Vital statistics of India. Vol. VI, European troops 1870-79
Year: 1870
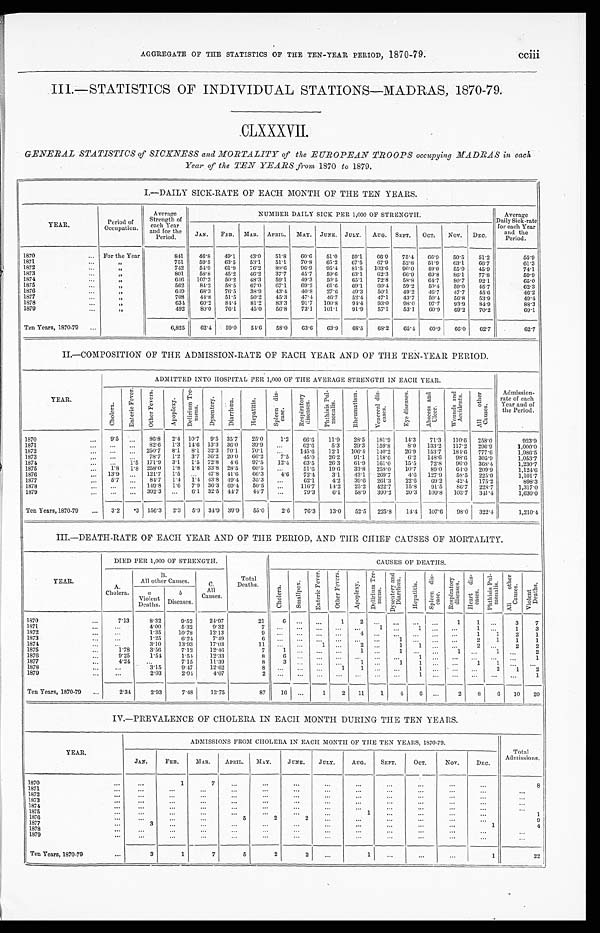
AGGREGATE OF THE STATISTICS OF THE TEN-YEAR PERIOD, 1870-79.
cciii
III—.STATISTICS OF INDIVIDUAL STATIONS—MADRAS, 1870-79.
CLXXXVII.
GENERAL STATISTICS of SICKNESS and MORTALITY of the EUROPEAN TROOPS occupying MADRAS in each
Year of the TEN YEARS from 1870 to 1879.
I.—DAILY SICK-RATE OF EACH MONTH OF THE TEN YEARS.
YEAR.
Period of
Occupation.
Average
Strength of
each Year
and for the
Period.
NUMBER DAILY SICK PER 1,000 OF STRENGTH.
Average
Daily Sick-rate
for each Year
and the
Period.
JAN.
FEB.
MAR. APRIL.
MAY. JUNE. JULY.
AUG. SEPT.
OCT.
NOV. DEC.
1870
For the Year
8 4 1
4 6 . 8
4 9 . 1
4 3 . 0
5 1 . 8
6 0 . 6
5 1 . 0
5 9 . 1
6 6 . 9
7 5 . 4
6 6 . 9
5 0 . 5
5 1 . 2
5 5 . 9
1871
"
7 5 1
5 9 . 5
6 3 . 5
5 3 . 1
5 1 . 1
7 0 . 8
6 5 . 2
6 7 . 5
6 7 . 9
5 2 . 8
5 1 . 9
6 3 . 1
6 6 . 7
6 1 . 3
1872
"
7 4 2
5 4 . 9
6 1 . 9
7 6 . 2
8 9 . 6
9 6 . 9
9 5 . 4
8 1 . 5
1 0 3 . 6
9 6 . 0
4 9 . 0
5 5 . 9
4 5 . 9
7 4 . 1
1873
"
8 0 1
5 8 . 8
4 5 . 2
4 6 . 2
3 7 . 7
4 5 . 7
5 9 . 6
6 3 . 1
6 2 . 3
6 6 . 9
6 9 . 8
8 6 . 1
7 7 . 8
5 9 . 9
1874
"
6 4 6
1 0 7 . 3
5 0 . 2
4 8 . 3
5 9 . 1
4 9 . 3
5 0 . 5
6 5 . 1
7 2 . 8
5 8 . 8
6 4 . 7
8 0 . 7
9 2 . 1
6 5 . 0
1875
"
5 6 2
8 4 . 2
5 8 . 5
6 7 . 0
6 7 . 1
6 9 . 2
6 1 . 6
6 9 . 1
6 0 . 4
5 9 . 2
5 0 . 4
5 9 . 0
4 5 . 7
6 2 . 3
1876
"
6 4 9
6 8 . 3
7 6 . 5
3 8 . 9
4 3 . 4
4 0 . 8
2 7 . 6
4 9 . 3
5 0 . 1
4 9 . 2
4 6 . 7
4 7 . 7
4 5 . 6
4 6 . 2
1877
"
7 0 8
4 4 . 8
5 1 . 5
5 0 . 2
4 5 . 3
4 7 . 4
4 6 . 7
5 2 . 4
4 7 . 1
4 3 . 7
5 0 . 4
5 6 . 8
5 3 . 9
4 9 . 4
1878
"
6 3 4
6 0 . 2
8 4 . 4
8 1 . 2
8 3 . 3
9 1 . 7
1 0 0 . 8
9 4 . 4
9 3 . 0
9 8 . 0
9 7 . 7
9 3 . 9
8 4 . 9
8 8 . 3
1879
"
4 9 2
8 0 . 8
7 6 . 1
4 5 . 0
5 6 . 8
7 3 . 1
1 0 1 . 1
9 1 . 9
5 7 . 1
5 3 . 1
6 0 . 9
6 9 . 2
7 4 0 . 2
6 9 . 1
Ten Years, 1870-79
6 , 8 2 5
6 2 . 4
5 9 . 0
5 4 . 6
5 8 . 0
6 3 . 6
6 3 . 9
6 8 . 5
6 8 . 2
6 5 . 4
6 0 . 9
6 6 . 0
6 2 . 7
6 2 . 7
II.—COMPOSITION OF THE ADMISSION-RATE OF EACH YEAR AND OF THE TEN-YEAR PERIOD.
YEAR.
ADMITTED INTO HOSPITAL PER 1,000 OF THE AVERAGE STRENGTH IN EACH YEAR.
Admission-
rate of each
Year and of
the Period.
Chol er a.
E n t e r i c F e v e r .
Ot h e r F e v e r s .
Apoplexy.
D e l i r i u m T r e -
me ns .
Dysent er y.
Diarrhœa.
He pa t i t i s .
Spl e e n di s -
ease.
R e s p i r a t o r y d i s e a s e s .
P h t h i s i s P u l - m o n a l i s .
Rh e u ma t i s m.
Ve n e r e a l d i s -
eases.
Eye diseases.
A b s c e s s a n d U l c e r .
W o u n d s a n d A c c i d e n t s .
A l l o t h e r C a u s e s .
1870
9 . 5
. . .
8 6 . 8
2 . 4
1 0 . 7
9 . 5
3 5 . 7
2 5 . 0
1 . 2
6 6 . 6
1 1 . 9
2 8 . 5
1 8 1 . 9
1 4 . 3
7 1 . 3
1 1 0 . 6
2 5 8 . 0
9 2 3 . 9
1871
. . .
. . .
8 2 . 6
1 . 3
1 4 . 6
1 3 . 3
3 6 . 0
3 9 . 9
. . .
6 2 . 6
5 . 3
2 9 . 3
1 5 9 . 8
8 . 0
1 3 3 . 2
1 1 7 . 2
2 9 6 . 9
1 , 0 0 0 . 0
1872
. . .
. . .
2 5 0 . 7
8 . 1
8 . 1
3 2 . 3
7 0 . 1
7 0 . 1
. . .
1 4 5 . 6
1 2 . 1
1 0 6 . 4
1 4 0 . 2
2 6 . 9
1 5 3 . 7
1 8 4 . 6
7 7 7 . 6
1 , 9 8 6 . 5
1873
. . .
. . .
7 8 . 7
1 . 2
3 . 7
3 6 . 2
2 0 . 0
6 6 . 2
7 . 5
4 5 . 0
2 6 . 2
9 1 . 1
1 1 8 . 6
6 . 2
1 4 8 . 6
9 8 . 6
3 0 5 . 9
1 , 0 5 3 . 7
1874
. . .
1 . 5
1 7 1 . 9
3 . 1
1 . 5
7 2 . 8
4 . 6
9 7 . 5
1 2 . 4
6 3 . 5
2 6 . 3
6 1 . 9
1 6 1 . 0
1 5 . 5
7 2 . 8
9 6 . 0
3 6 8 . 4
1 , 2 3 0 . 7
1875
1 . 8
1 . 8
2 5 8 . 0
1 . 8
1 . 8
3 3 . 8
2 8 . 5
6 0 . 5
. . .
5 1 . 6
1 9 . 6
3 3 . 8
2 5 8 . 0
1 0 . 7
8 9 . 0
6 4 . 0
2 0 9 . 9
1 , 1 2 4 . 6
1876
1 3 . 9
. . .
1 2 1 . 7
1 . 5
. . .
4 7 . 8
4 1 . 6
6 6 . 3
4 . 6
7 2 . 4
3 . 1
4 3 . 1
2 6 9 . 7
4 . 6
1 2 7 . 9
5 8 . 5
2 2 5 . 0
1 , 1 0 1 . 7
1877
5 . 7
. . .
8 4 . 7
1 . 4
1 . 4
4 3 . 8
4 9 . 4
3 5 . 3
. . .
6 2 . 1
4 . 2
3 9 . 6
2 6 1 . 3
2 2 . 6
6 9 . 2
4 2 . 4
1 7 5 . 2
8 9 8 . 3
1878
. . .
. . .
1 4 9 . 8
1 . 6
7 . 9
3 6 . 3
6 9 . 4
5 0 . 5
. . .
1 1 6 . 7
1 4 . 2
2 5 . 2
4 2 2 . 7
1 5 . 8
9 1 . 5
8 6 . 7
2 2 8 . 7
1 , 3 1 7 . 0
1879
. . .
. . .
3 9 2 . 3
. . .
6 . 1
3 2 . 5
4 4 . 7
4 4 . 7
. . .
7 9 . 3
6 . 1
5 8 . 9
3 9 0 . 2
2 0 . 3
1 0 9 . 8
1 0 3 . 7
3 4 1 . 4
1 , 6 3 0 . 0
Ten Years, 1870-79
3 . 2
. 3
1 5 6 . 3
2 . 3
5 . 9
3 4 . 9
3 9 . 9
5 5 . 0
2 . 6
7 6 . 3
1 3 . 0
5 2 . 5
2 2 5 . 8
1 4 . 4
1 0 7 . 6
9 8 . 0
3 2 2 . 4
1 , 2 1 0 . 4
III.—DEATH-RATE OF EACH YEAR AND OF THE PERIOD, AND THE CHIEF CAUSES OF MORTALITY.
YEAR.
DIED PER 1,000 OF STRENGTH.
Total
Deaths.
CAUSES OF DEATHS.
A.
Cholera.
B.
All other Causes.
C.
All
C a u s e s .
Chol er a.
Smal l pox.
E n t e r i c F e v e r .
Ot he r Fe ve r s .
Apopl exy. D e l i r i u m T r e -
me ns .
D y s e n t e r y a n d D i a r r h œ a .
Hepat i t i s .
Spl een di s-
ease.
R e s p i r a t o r y d i s e a s e s .
Hear t di s -
eases.
Phthisis Pul-
monalis. A l l o t h e r C a u s e s .
V i o l e n t D e a t h s .
a Vi ol ent
Deat hs.
b D i s e a s e s .
1870
7 . 1 3
8 . 3 2
9 . 5 2
2 4 . 9 7
2 1
6
. . . . . .
1
2
. . . . . .
. . .
. . .
1
1
. . .
3
7
1871
. . .
4 . 0 0
5 . 3 2
9 . 3 2
7
. . .
. . .
. . .
. . .
. . .
1
. . .
1 . . .
. . .
1
. . .
1
3
1872
. . .
1 . 3 5
1 0 . 7 8
1 2 . 1 3
9
. . .
. . .
. . .
. . .
4
. . .
. . .
. . .
. . .
. . .
1
1
2
1
1873
. . .
1 . 2 5
6 . 2 4
7 . 4 9
6
. . .
. . .
. . .
. . .
. . .
. . .
1
. . .
. . .
. . .
2
1
1
1
1874
. . .
3 . 1 0
1 3 . 9 3
1 7 . 0 3
1 1
. . .
. . .
1
. . .
2
. . .
1
1
. . .
. . .
2
. . .
2
2
1875
1 . 7 8
3 . 5 6
7 . 1 2
1 2 . 4 6
7
1
. . .
. . .
. . .
1
. . .
1
. . .
. . .
1
. . .
1
. . .
2
1876
9 . 2 5
1 . 5 4
1 . 5 4
1 2 . 3 3
8
6
. . .
. . .
. . .
. . .
. . .
. . .
1
. . .
. . .
. . .
. . .
. . .
1
1877
4 . 2 4
. . .
7 . 1 5
1 1 . 3 9
8
3
. . .
. . .
. . .
1
. . .
1
1
. . .
. . .
1
1
. . .
. . .
1878
. . .
3 . 1 5
9 . 4 7
1 2 . 6 2
8
. . .
. . .
. . .
1
1
. . .
. . .
1
. . .
. . .
. . .
2
1
2
1879
. . .
2 . 0 3
2 . 0 4
4 . 0 7
2
. . .
. . .
. . .
. . .
. . .
. . .
. . .
1
. . .
. . .
. . .
. . .
. . .
1
Ten Years, 1870-79
2 . 3 4
2 . 9 3
7 . 4 8
1 2 . 7 5
8 7
1 6
. . .
1
2
1 1
1
4
6
. . .
2
8
6
1 0
2 0
IV.—PREVALENCE OF CHOLERA IN EACH MONTH DURING THE TEN YEARS.
YEAR.
ADMISSIONS FROM CHOLERA IN EACH MONTH OF THE TEN YEARS, 1870-79.
Total
Admissions.
JAN.
FEB.
MAR.
APRIL. MAY.
JUNE.
JULY.
AUG.
SEPT.
OCT.
NOV.
DEC.
1870
. . .
1
7
. . .
. . .
. . .
. . .
. . .
. . .
. . .
. . .
. . .
8
1871
. . .
. . .
. . .
. . .
. . .
. . .
. . .
. . .
. . .
. . .
. . .
. . .
. . .
1872
. . .
. . .
. . .
. . .
. . .
. . .
. . .
. . .
. . .
. . .
. . .
. . .
. . .
1873
. . .
. . .
. . .
. . .
. . .
. . .
. . .
. . .
. . .
. . .
. . .
. . .
. . .
1874
. . .
. . .
. . .
. . .
. . .
. . .
. . .
. . .
. . .
. . .
. . .
. . .
. . .
1 8 7 5
. . .
. . .
. . .
. . .
. . .
. . .
. . .
1
. . .
. . .
. . .
. . .
1
1876
. . .
. . .
. . .
5
2
2
. . .
. . .
. . .
. . .
. . .
. . .
9
1877
3
. . .
. . .
. . .
. . .
. . .
. . .
. . .
. . .
. . .
. . .
1
4
1 8 7 8
. . .
. . .
. . .
. . .
. . .
. . .
. . .
. . .
. . .
. . .
. . .
. . .
. . .
1879
. . .
. . .
. . .
. . .
. . .
. . .
. . .
. . .
. . .
. . .
. . .
. . .
. . .
Ten Years, 1870-79
3
1
7
5
2
2
*
1
*
*
*
1
2 2